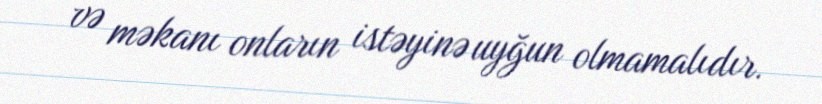
və məkanı onların istəyinə uyğun olmamalıdır.